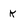
Character: k